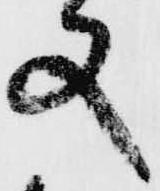
又